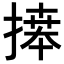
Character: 𢱭